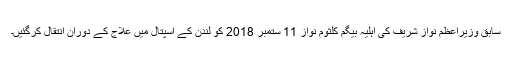
سابق وزیراعظم نواز شریف کی اہلیہ بیگم کلثوم نواز 11 ستمبر 2018 کو لندن کے اسپتال میں علاج کے دوران انتقال کرگئیں۔